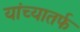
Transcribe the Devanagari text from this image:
यांच्यातर्फ